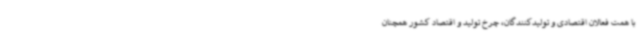
با همت فعالان اقتصادی و تولیدکنندگان، چرخ تولید و اقتصاد کشور همچنان